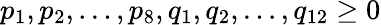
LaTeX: p_{1},p_{2},\dotsc,p_{8},q_{1},q_{2},\dotsc,q_{12}\geq 0